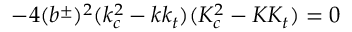
- 4 ( b ^ { \pm } ) ^ { 2 } ( k _ { c } ^ { 2 } - k k _ { t } ) ( K _ { c } ^ { 2 } - K K _ { t } ) = 0